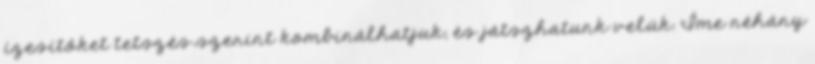
ízesítőket tetszés szerint kombinálhatjuk, és játszhatunk velük. Íme néhány